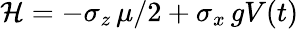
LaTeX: \mathcal{H}=-\sigma_{z}\, \mu/2+\sigma_{x}\, gV(t)